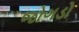
જોગડો